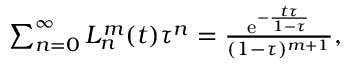
\begin{array} { r } { \sum _ { n = 0 } ^ { \infty } L _ { n } ^ { m } ( t ) \tau ^ { n } = \frac { \mathrm { e } ^ { - \frac { t \tau } { 1 - \tau } } } { ( 1 - \tau ) ^ { m + 1 } } , } \end{array}